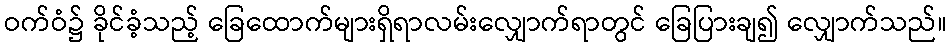
ဝက်ဝံ၌ ခိုင်ခံ့သည့် ခြေထောက်များရှိရာလမ်းလျှောက်ရာတွင် ခြေပြားချ၍ လျှောက်သည်။